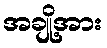
အချို့အား